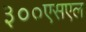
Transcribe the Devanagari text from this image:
३००एसएल